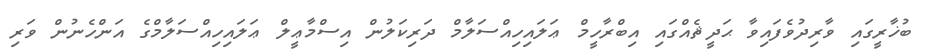
ބުޚާރީގައި ވާރިދުވެފައިވާ ޙަދީޘެއްގައި އިބްރާހީމް ޢަލައިހިއްސަލާމް ދަރިކަލުން އިސްމާޢީލް ޢަލައިހިއްސަލާމްގެ އަންހެނުން ވަރި